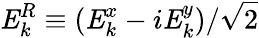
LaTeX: \mathit{{E}}_{k}^{R}\equiv(\mathit{{E}}_{k}^{x}-i\mathit{{E}}_{k}^{y})/\sqrt{2}